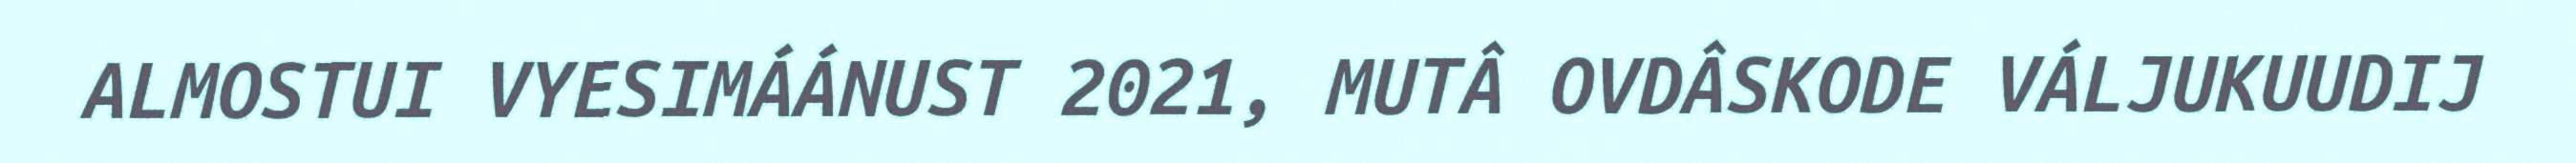
ALMOSTUI VYESIMÁÁNUST 2021, MUTÂ OVDÂSKODE VÁLJUKUUDIJ